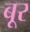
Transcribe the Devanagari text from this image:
बूर